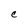
Character: C